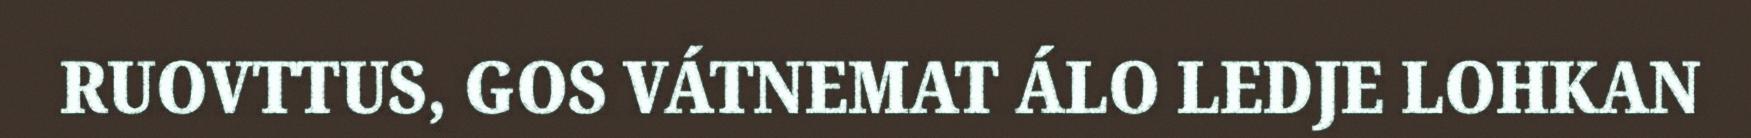
RUOVTTUS, GOS VÁTNEMAT ÁLO LEDJE LOHKAN